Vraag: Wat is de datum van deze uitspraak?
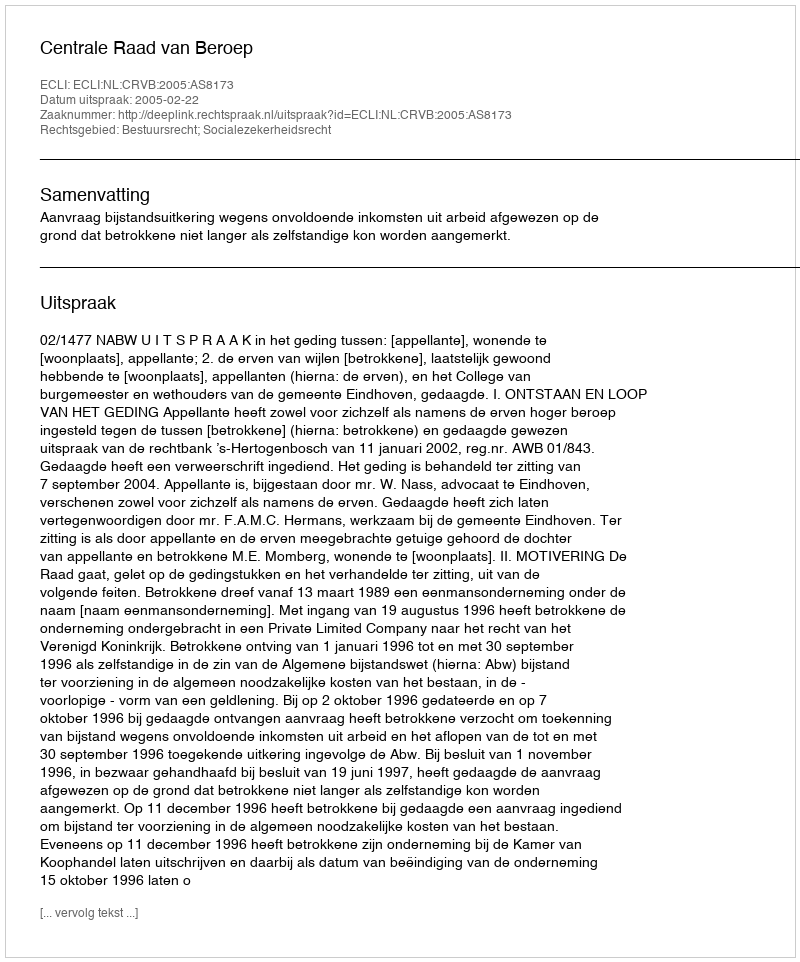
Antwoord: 2005-02-22